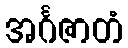
အင်္ဂဇာတံ